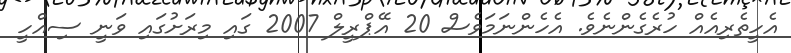
އެހީތެރިއެއް ހުރެގެންނެވެ. އެހެންނަމަވެސް 20 އޭޕްރީލް 2007 ގައި މިރަށުގައި ވަނީ ސިއްހީ